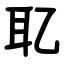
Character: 䎲